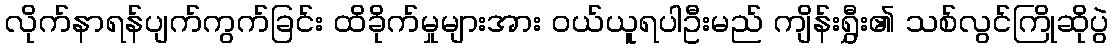
လိုက်နာရန်ပျက်ကွက်ခြင်း ထိခိုက်မှုများအား ဝယ်ယူရပါဦးမည် ကျိန်းရွှီး၏ သစ်လွင်ကြိုဆိုပွဲ